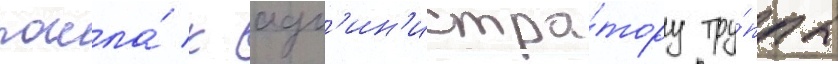
пошла́ к адм'ин'истра́тору тру́ппы